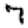
Digit: 7